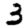
Digit: 3